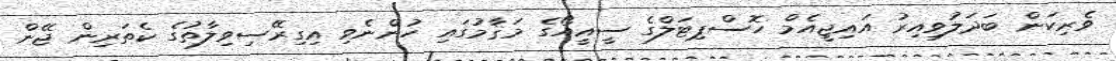
ވެރިކަން ބަދަލުވިއިރު އައިޖީއެމް ހޮސްޕިޓަލްގެ ސީއީއޯގެ މަޤާމުގައި ހުންނެވި އިގިރޭސިވިލާތުގެ ކެތަރިން ޖޭން